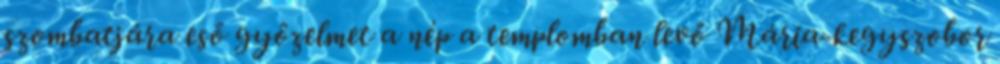
szombatjára eső győzelmet a nép a templomban levő Mária-kegyszobor